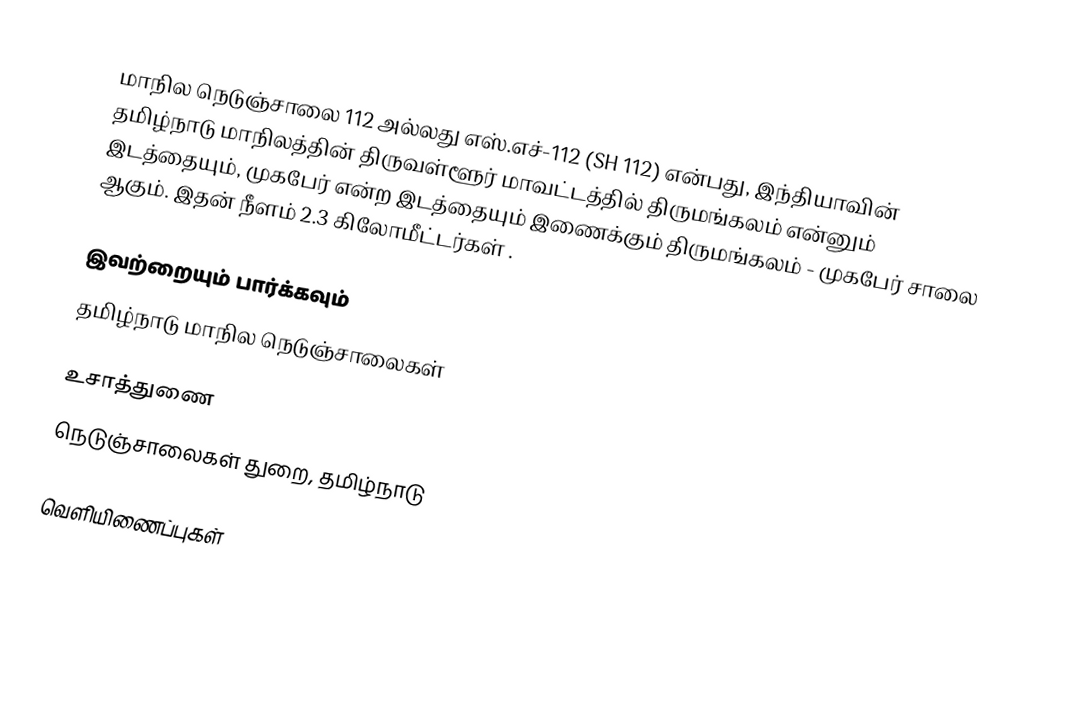
மாநில நெடுஞ்சாலை 112 அல்லது எஸ்.எச்-112 (SH 112) என்பது, இந்தியாவின் தமிழ்நாடு மாநிலத்தின் திருவள்ளூர் மாவட்டத்தில் திருமங்கலம் என்னும் இடத்தையும், முகபேர் என்ற இடத்தையும் இணைக்கும் திருமங்கலம் - முகபேர் சாலை ஆகும். இதன் நீளம் 2.3  கிலோமீட்டர்கள் .

இவற்றையும் பார்க்கவும்
 தமிழ்நாடு மாநில நெடுஞ்சாலைகள்

உசாத்துணை
 நெடுஞ்சாலைகள் துறை, தமிழ்நாடு

வெளியிணைப்புகள்